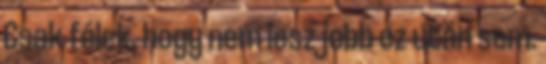
Csak félek, hogy nem lesz jobb ez után sem.